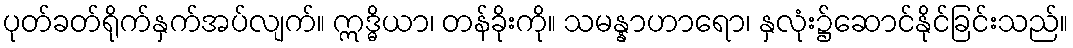
ပုတ်ခတ်ရိုက်နှက်အပ်လျက်။ ဣဒ္ဓိယာ၊ တန်ခိုးကို။ သမန္နာဟာရော၊ နှလုံး၌ဆောင်နိုင်ခြင်းသည်။